Code of medical and sanitary regulations for the guidance of medical officers serving in the Madras Presidency - Volume I
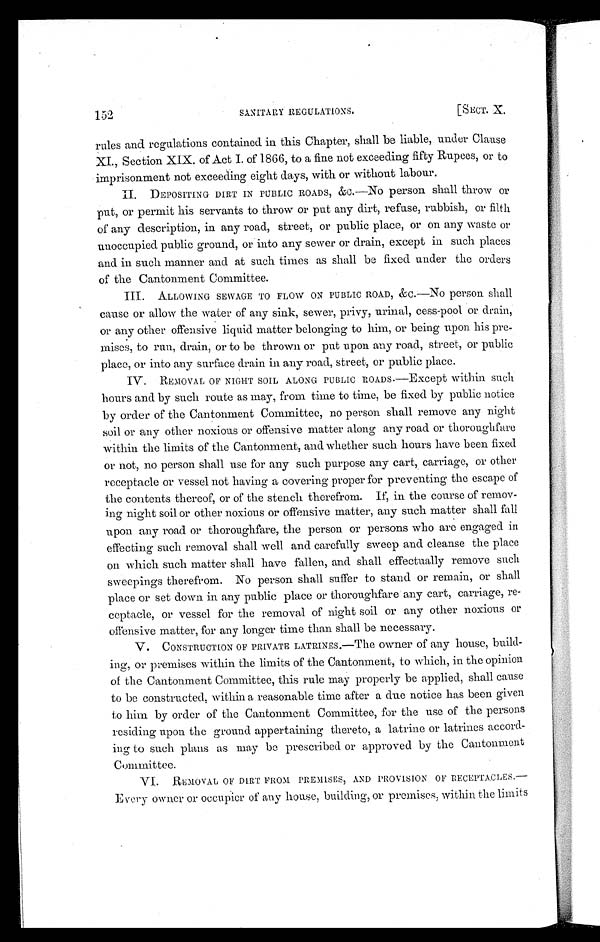
152
SANITARY REGULATIONS.
[SECT. X.
rules and regulations contained in this Chapter, shall be liable, under Clause
XI., Section XIX. of Act I. of 1866, to a fine not exceeding fifty Rupees, or to
imprisonment not exceeding eight days, with or without labour.
II. DEPOSITING DIRT IN PUBLIC ROADS, &c.—No person shall throw or
put, or permit his servants to throw or put any dirt, refuse, rubbish, or filth
of any description, in any road, street, or public place, or on any waste or
unoccupied public ground, or into any sewer or drain, except in such places
and in such manner and at such times as shall be fixed under the orders
of the Cantonment Committee.
III. ALLOWING SEWAGE TO FLOW ON PUBLIC ROAD, &c.—No person shall
cause or allow the water of any sink, sewer, privy, urinal, cess-pool or drain,
or any other offensive liquid matter belonging to him, or being upon his pre-
mises, to run, drain, or to be thrown or put upon any road, street, or public
place, or into any surface drain in any road, street, or public place.
IV. REMOVAL OF NIGHT SOIL ALONG PUBLIC ROADS.—Except within such
hours and by such route as may, from time to time, be fixed by public notice
by order of the Cantonment Committee, no person shall remove any night
soil or any other noxious or offensive matter along any road or thoroughfare
within the limits of the Cantonment, and whether such hours have been fixed
or not, no person shall use for any such purpose any cart, carriage, or other
receptacle or vessel not having a covering proper for preventing the escape of
the contents thereof, or of the stench therefrom. If, in the course of remov-
ing night soil or other noxious or offensive matter, any such matter shall fall
upon any road or thoroughfare, the person or persons who are engaged in
effecting such removal shall well and carefully sweep and cleanse the place
on which such matter shall have fallen, and shall effectually remove such
sweepings therefrom. No person shall suffer to stand or remain, or shall
place or set down in any public place or thoroughfare any cart, carriage, re-
ceptacle, or vessel for the removal of night soil or any other noxious or
offensive matter, for any longer time than shall be necessary.
V. CONSTRUCTION OF PRIVATE LATRINES.—The owner of any house, build-
ing, or premises within the limits of the Cantonment, to which, in the opinion
of the Cantonment Committee, this rule may properly be applied, shall cause
to be constructed, within a reasonable time after a due notice has been given
to him by order of the Cantonment Committee, for the use of the persons
residing upon the ground appertaining thereto, a latrine or latrines accord-
ing to such plans as may be prescribed or approved by the Cantonment
Committee.
VI.
REMOVAL OF DIRT FROM PREMISES, AND PROVISION OF RECEPTACLES.—
Every owner or occupier of any house, building, or promises, within the limits